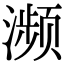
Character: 濒